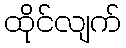
ထိုင်လျက်